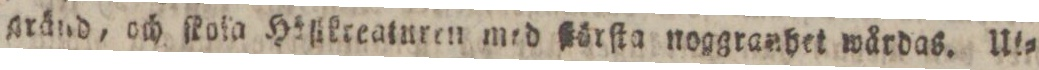
gränd, och ſkoka Häſikreatnren med ſtörſta noggranhet wårdas. Ut=